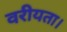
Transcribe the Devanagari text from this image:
वरीयता।